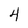
Character: 4